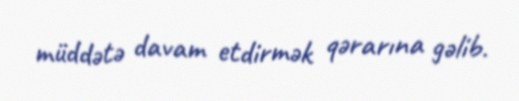
müddətə davam etdirmək qərarına gəlib.